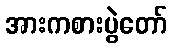
အားကစားပွဲတော်